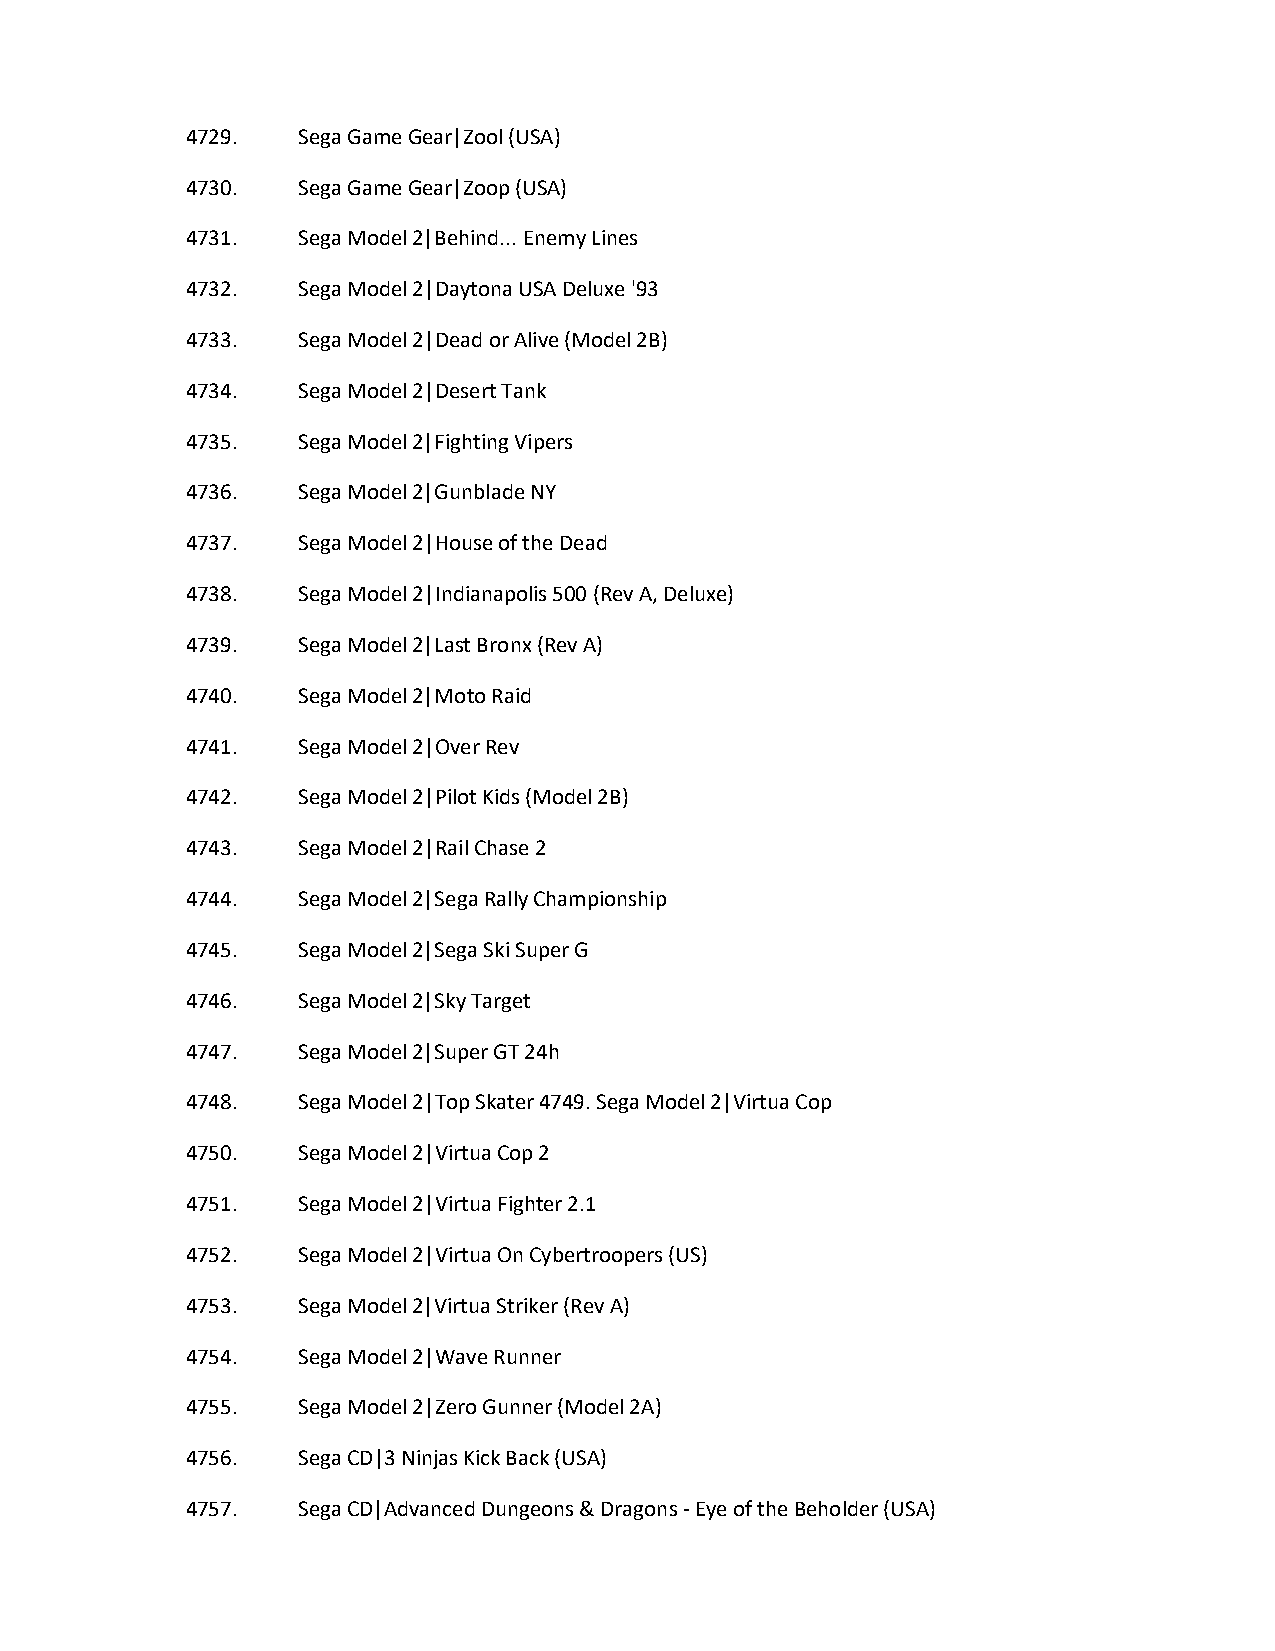
4729.   Sega Game Gear|Zool (USA)
 4730.   Sega Game Gear|Zoop (USA)
 4731.   Sega Model 2|Behind... Enemy Lines
 4732.   Sega Model 2|Daytona USA Deluxe '93
 4733.   Sega Model 2|Dead or Alive (Model 2B)
 4734.   Sega Model 2|Desert Tank
 4735.   Sega Model 2|Fighting Vipers
 4736.   Sega Model 2|Gunblade NY
 4737.   Sega Model 2|House of the Dead
 4738.   Sega Model 2|Indianapolis 500 (Rev A, Deluxe)
 4739.   Sega Model 2|Last Bronx (Rev A)
 4740.   Sega Model 2|Moto Raid
 4741.   Sega Model 2|Over Rev
 4742.   Sega Model 2|Pilot Kids (Model 2B)
 4743.   Sega Model 2|Rail Chase 2
 4744.   Sega Model 2|Sega Rally Championship
 4745.   Sega Model 2|Sega Ski Super G
 4746.   Sega Model 2|Sky Target
 4747.   Sega Model 2|Super GT 24h
 4748.   Sega Model 2|Top Skater 4749. Sega Model 2|Virtua Cop
 4750.   Sega Model 2|Virtua Cop 2
 4751.   Sega Model 2|Virtua Fighter 2.1
 4752.   Sega Model 2|Virtua On Cybertroopers (US)
 4753.   Sega Model 2|Virtua Striker (Rev A)
 4754.   Sega Model 2|Wave Runner
 4755.   Sega Model 2|Zero Gunner (Model 2A)
 4756.   Sega CD|3 Ninjas Kick Back (USA)
 4757.   Sega CD|Advanced Dungeons & Dragons - Eye of the Beholder (USA)